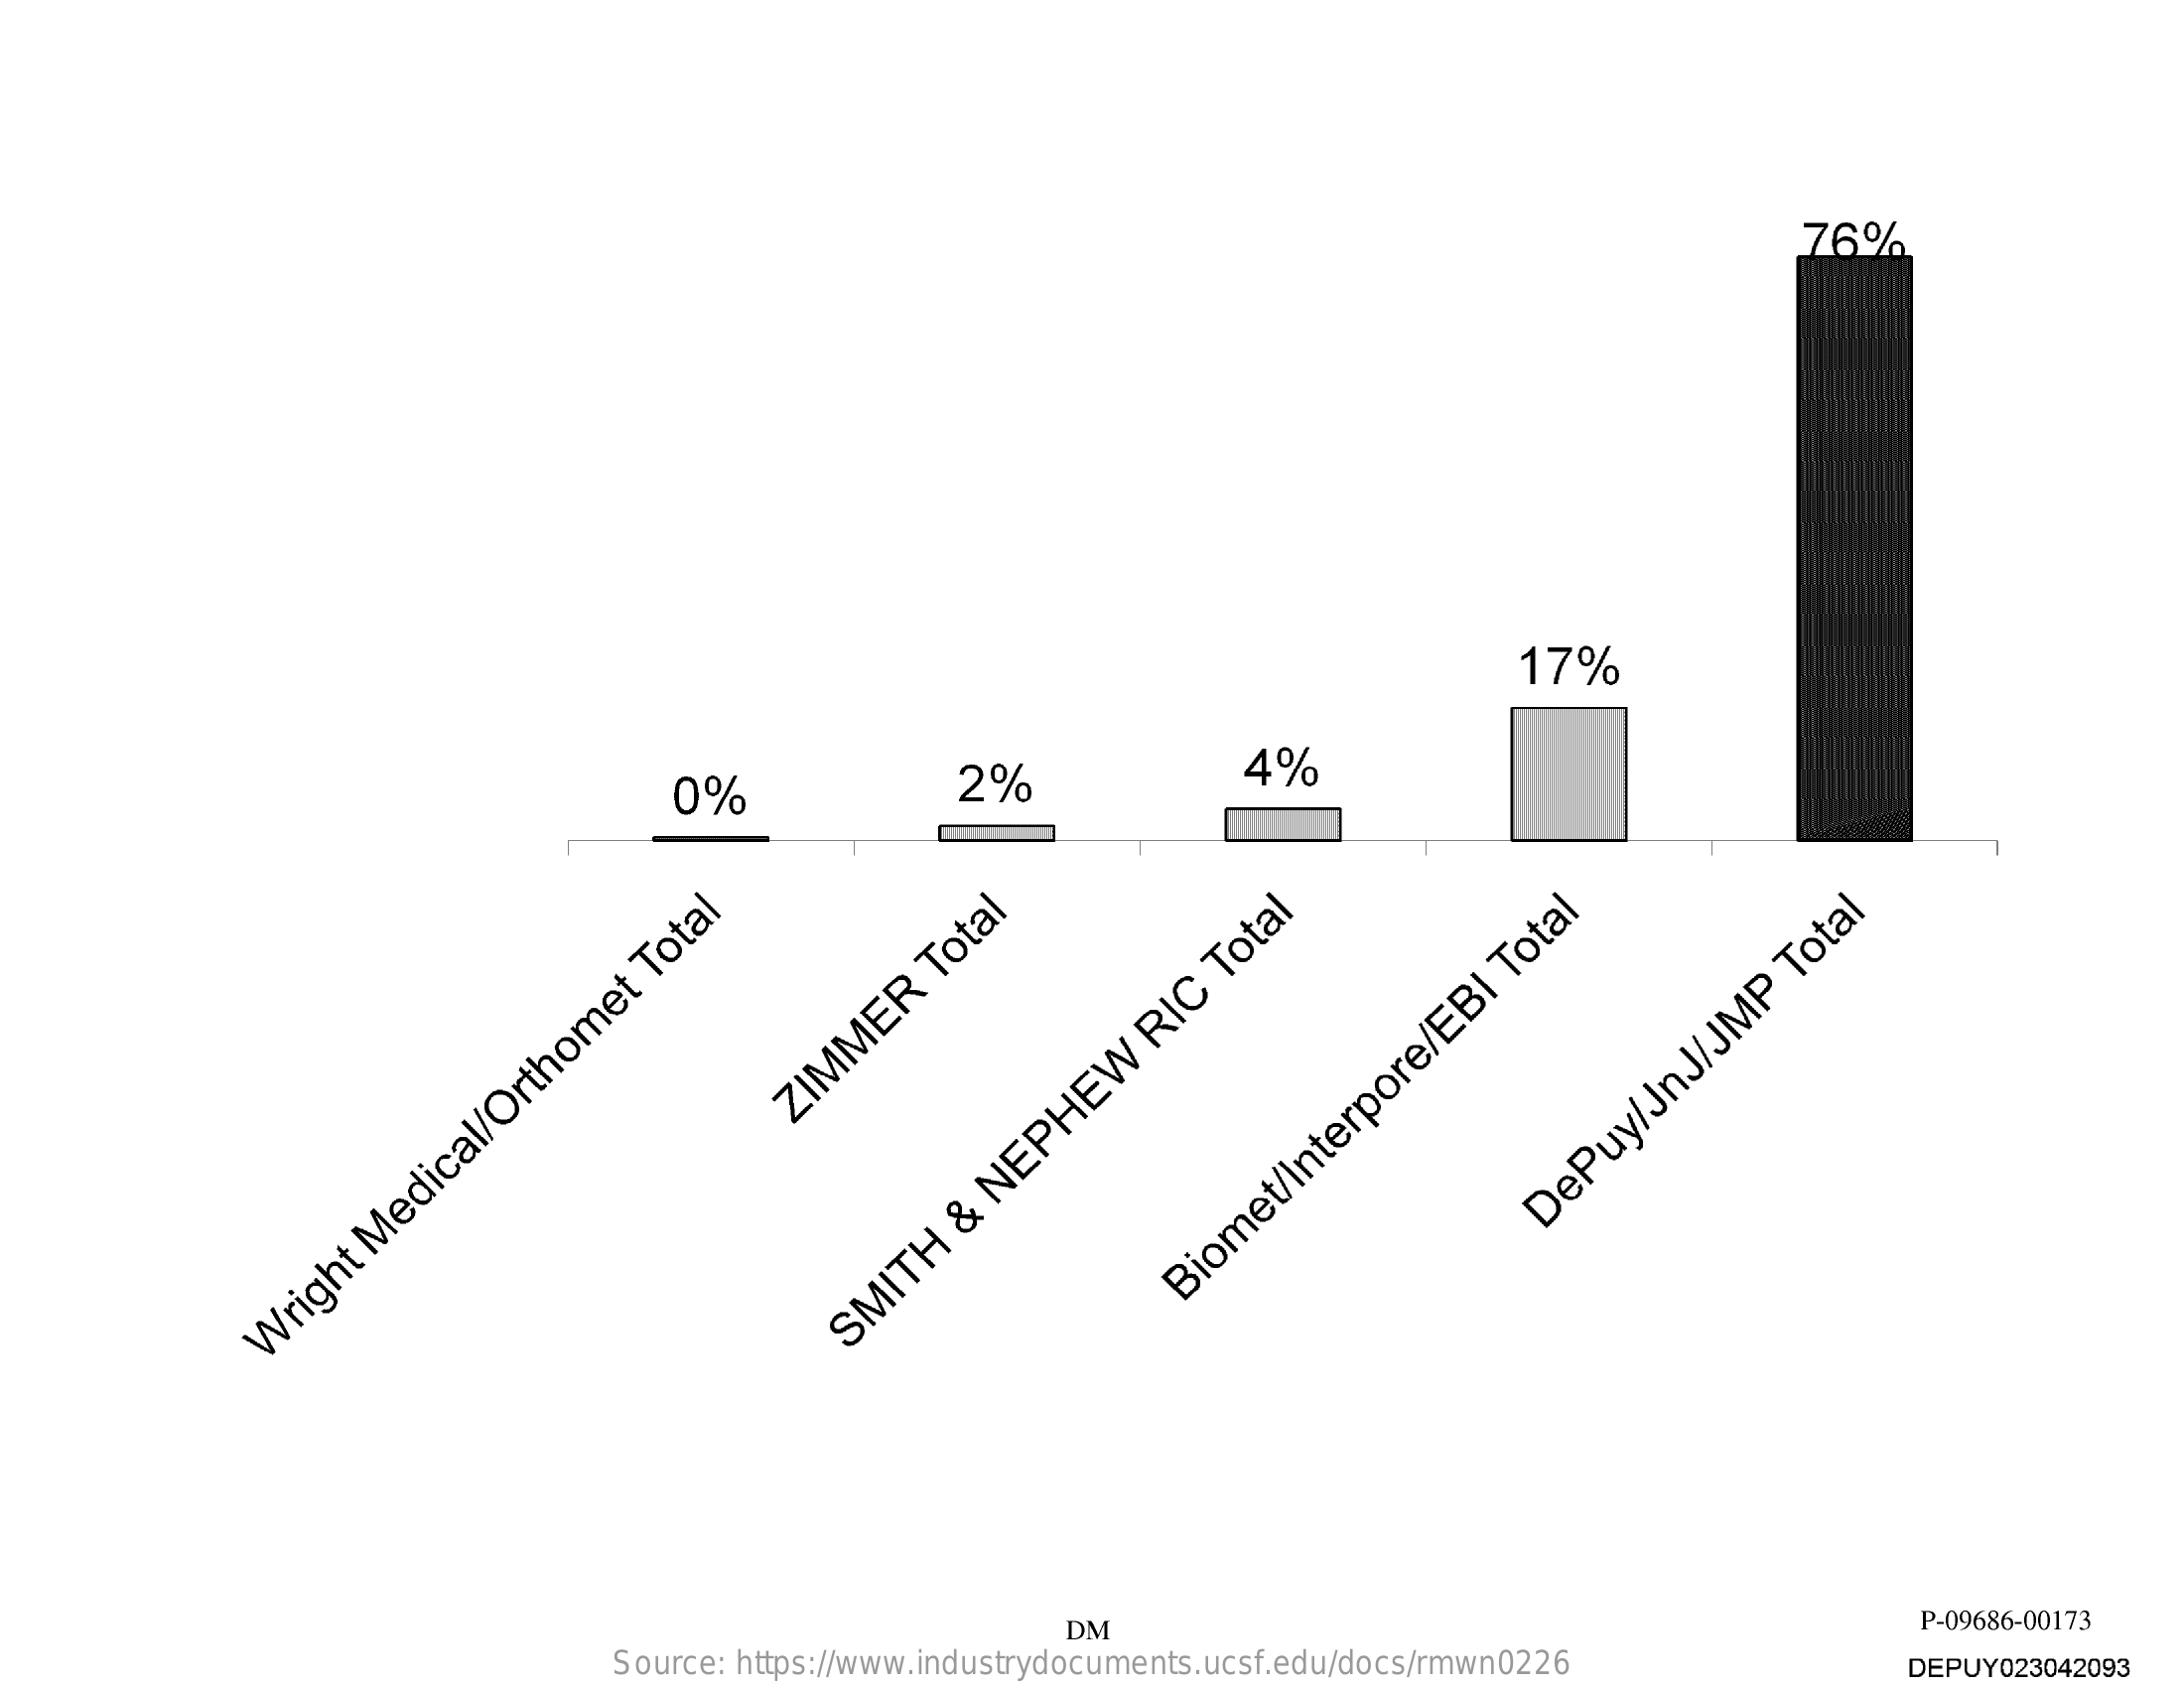
76%
     17%
     0%    2%    4%
     ZIMMER
     Total
     DePuy/JnJ/JMP
     Total
     Biomet/Interpore/EBI
     Total
     Wright
     Medical/Orthomet
     Total
     SMITH
     &
     NEPHEW
     RIC
     Total
     DM    P-09686-00173
     Source: https://www.industrydocuments.ucsf.edu/docs/rmwn0226  DEPUY023042093